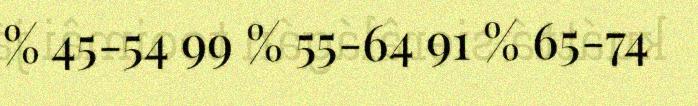
% 45-54 99 % 55-64 91 % 65-74